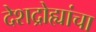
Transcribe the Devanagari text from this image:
देशद्रोह्यांचा